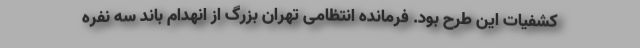
کشفیات این طرح بود. فرمانده انتظامی تهران بزرگ از انهدام باند سه نفره